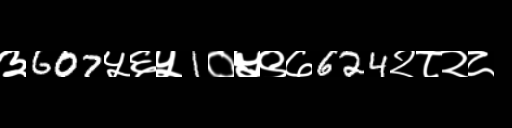
Text: ३607५६५1०५९७624२८२८